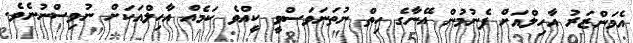
އެމަންޒަރު އާހިލްއަށް ފެނުމުން އޭނާގެ ހިތް ނުތަނަވަސްވީ ކީއްވެ ކަމެއް އާހިލްއަކަށް ނުވިސްނުނެވެ.